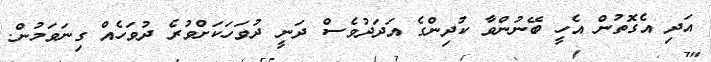
އަދި އެގޮތުން އެހީ ބޭނުންވާ ކުދިންގެ އަދަދުވެސް ދަނީ ދުވަހަކަށްވުރެ ދުވަހެއް ގިނަވަމުން.